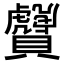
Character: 𧹂